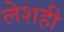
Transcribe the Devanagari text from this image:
लेशही